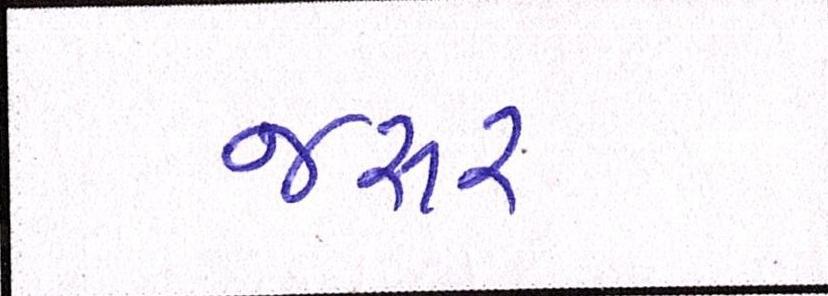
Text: જરૂર